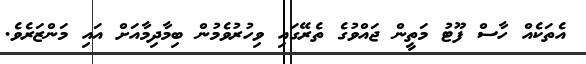
އެތަކެއް ހާސް ފޫޓު މަތީން ޖައްވުގެ ތެރޭގައި ވިހުރުވެމުން ބިމާދިމާއަށް އައި މަންޒަރެވެ.